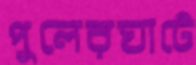
পুলেরঘাটে